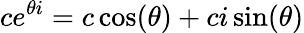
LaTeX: ce^{\theta i}=c\cos(\theta)+ci\sin(\theta)